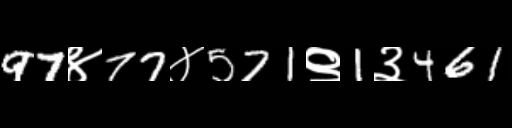
Text: 97४77४571९1३461